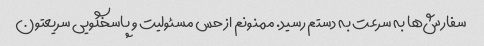
سفارش‌ها به سرعت به دستم رسید. ممنونم از حس مسئولیت و پاسخگویی سریعتون